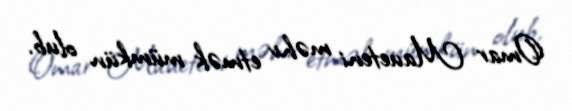
Omar Maueteni məhv etmək mümkün olub.